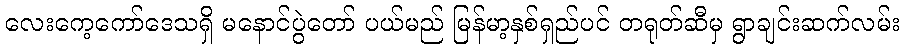
လေးကေ့ကော်ဒေသရှိ မနောင်ပွဲတော် ပယ်မည် မြန်မာ့နှစ်ရှည်ပင် တရုတ်ဆီမှ ရွာချင်းဆက်လမ်း